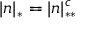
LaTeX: | n | _ { * } = | n | _ { * * } ^ { c }